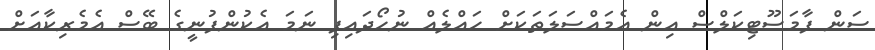
ސަން ފާމަސޫޓިކަލްސް އިން އެމައްސަލަތަކަށް ހައްލެއް ނުހޯދައިފި ނަމަ އެކުންފުނީގެ ބޭސް އެމެރިކާއަށް